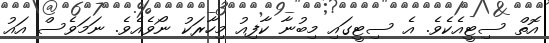
އޮތް ސިޓީއެކެވެ. އެ ސިޓީގައި މިބުނާ ކާފިއު މިހާރަކު ނޯވެއެވެ. ނަމަވެސް އައު